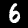
Label: 6